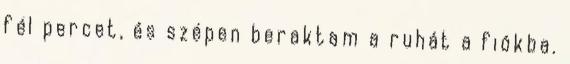
fél percet, és szépen beraktam a ruhát a fiókba.